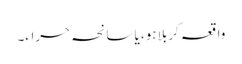
واقعہ کربلا ہو، یا سانحہ حراء۔